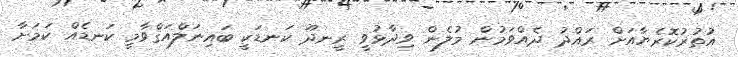
އުތުރުކޮރެޔާއަށް ރައްދު ދެއްވަމުން މުލެން ވިދާޅުވީ ރީނދޫ ކަނޑަކީ ބައިނަލްއަޤްވާމީ ކަނޑެއް ކަމަށާ